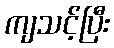
ကျသင့်ပြီး